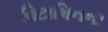
વિટામિનના